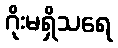
ဂိုးမရှိသရေ